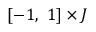
[ - 1 , \ 1 ] \times J